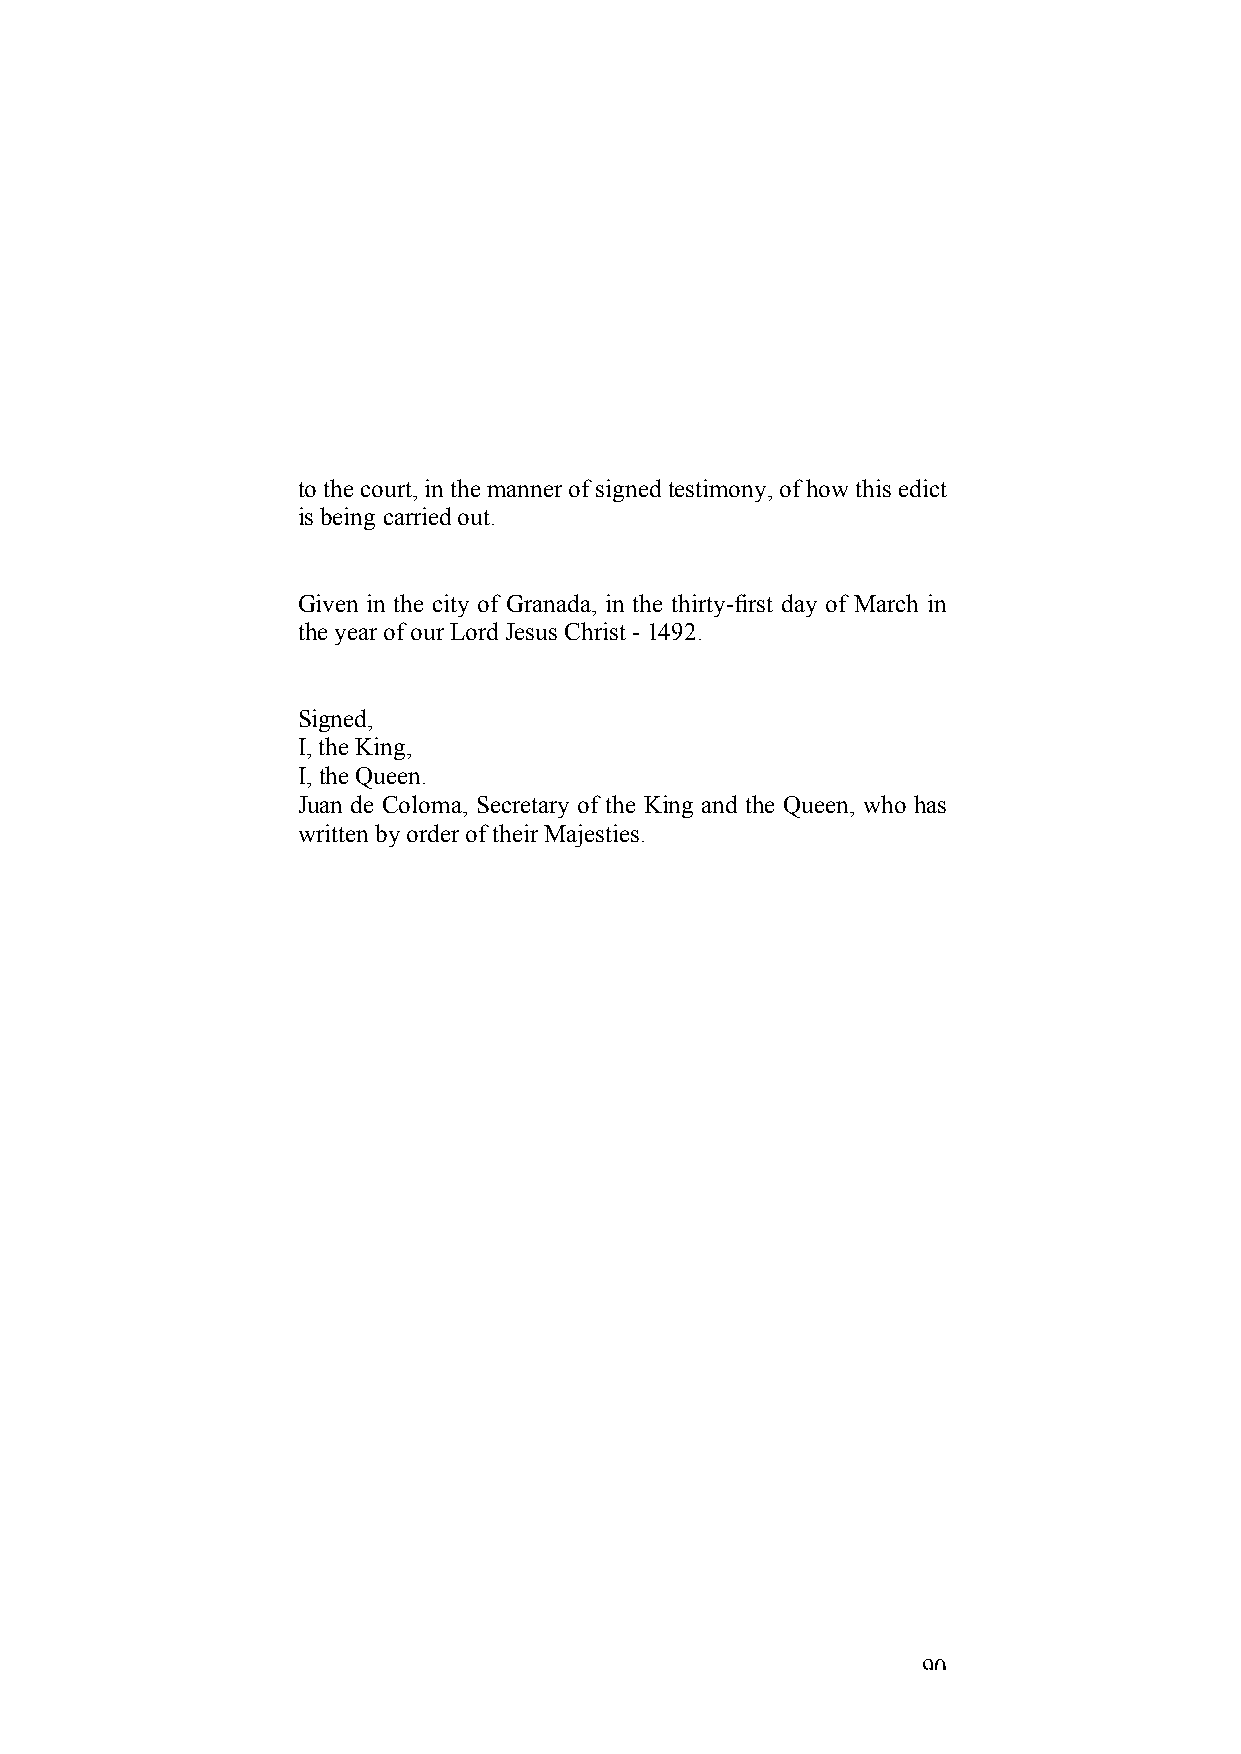
to the court, in the manner of signed testimony, of how this edict
 is being carried out.
 Given in the city of Granada, in the thirty-first day of March in
 the year of our Lord Jesus Christ - 1492.
 Signed,
 I, the King,
 I, the Queen.
 Juan de Coloma, Secretary of the King and the Queen, who has
 written by order of their Majesties.
 90